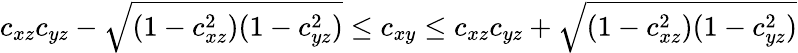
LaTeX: c_{xz}c_{yz}-\sqrt{(1-c_{xz}^{2})(1-c_{yz}^{2})}\leq c_{xy}\leq c_{xz}c_{yz}+\sqrt{(1-c_{xz}^{2})(1-c_{yz}^{2})}